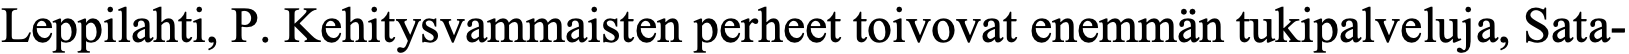
Leppilahti, P. Kehitysvammaisten perheet toivovat enemmän tukipalveluja, Sata-